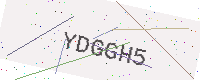
Text: YDGGH5